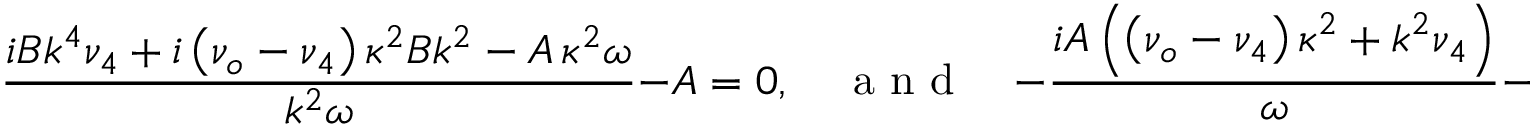
\frac { i B k ^ { 4 } \nu _ { 4 } + i \left( \nu _ { o } - \nu _ { 4 } \right) \kappa ^ { 2 } B k ^ { 2 } - A \, \kappa ^ { 2 } \omega } { k ^ { 2 } \omega } - A = 0 , \quad \textrm { a n d } \quad - \frac { i A \left( \left( \nu _ { o } - \nu _ { 4 } \right) \kappa ^ { 2 } + k ^ { 2 } \nu _ { 4 } \right) } { \omega } - B = 0